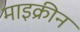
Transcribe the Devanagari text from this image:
माइक्रीन